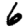
Digit: 6